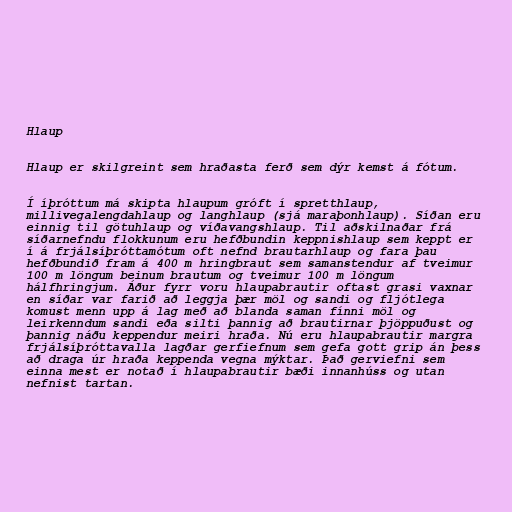
Hlaup

Hlaup er skilgreint sem hraðasta ferð sem dýr kemst á fótum.

Í íþróttum má skipta hlaupum gróft í spretthlaup,
millivegalengdahlaup og langhlaup (sjá maraþonhlaup). Síðan eru
einnig til götuhlaup og víðavangshlaup. Til aðskilnaðar frá
síðarnefndu flokkunum eru hefðbundin keppnishlaup sem keppt er
í á frjálsíþróttamótum oft nefnd brautarhlaup og fara þau
hefðbundið fram á 400 m hringbraut sem samanstendur af tveimur
100 m löngum beinum brautum og tveimur 100 m löngum
hálfhringjum. Áður fyrr voru hlaupabrautir oftast grasi vaxnar
en síðar var farið að leggja þær möl og sandi og fljótlega
komust menn upp á lag með að blanda saman fínni möl og
leirkenndum sandi eða silti þannig að brautirnar þjöppuðust og
þannig náðu keppendur meiri hraða. Nú eru hlaupabrautir margra
frjálsíþróttavalla lagðar gerfiefnum sem gefa gott grip án þess
að draga úr hraða keppenda vegna mýktar. Það gerviefni sem
einna mest er notað í hlaupabrautir bæði innanhúss og utan
nefnist tartan.